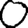
Digit: 0